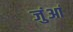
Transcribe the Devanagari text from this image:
जुंआं